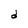
Character: d